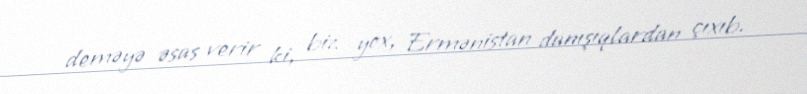
deməyə əsas verir ki, biz yox, Ermənistan danışıqlardan çıxıb.